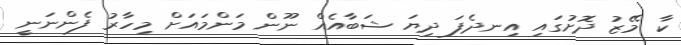
ކާ މޭޒު ދޮށުގައި އިނދެފަ ދިޔަ ޝަބާއެއް ނޫން މަންމައަށް މިހާރު ފެންނަނީ